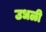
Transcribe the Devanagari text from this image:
उधळी